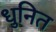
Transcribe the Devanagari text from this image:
धुनित